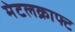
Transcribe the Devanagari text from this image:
मेटलक्राफ्ट